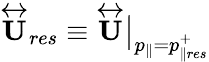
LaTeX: \overleftrightarrow{\mathbf{U}}_{res}\equiv\overleftrightarrow{\mathbf{U}}\big|_{p_{\parallel}=p_{\parallel res}^{+}}